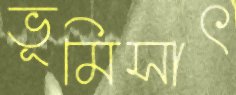
ভূমিসাৎ